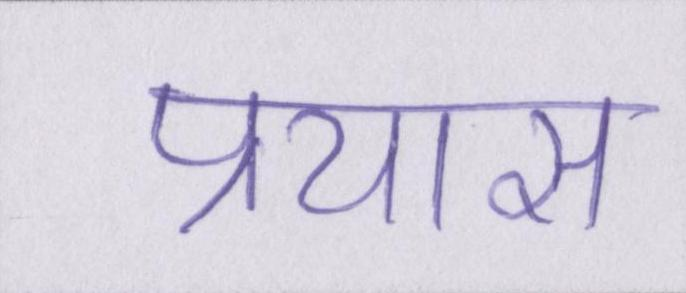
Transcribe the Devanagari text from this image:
प्रयास